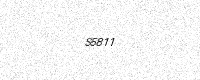
Text: S5811